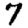
Digit: 7